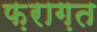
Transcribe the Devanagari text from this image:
फ़राग़त